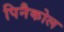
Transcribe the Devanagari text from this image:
पिनैकोल